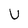
Character: U